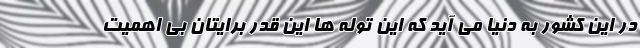
در این کشور به دنیا می آید که این توله ها این قدر برایتان بی اهمیت